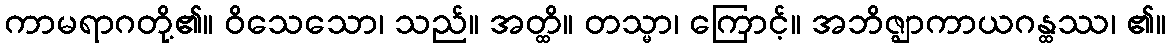
ကာမရာဂတို့၏။ ဝိသေသော၊ သည်။ အတ္ထိ။ တသ္မာ၊ ကြောင့်။ အဘိဇ္ဈာကာယဂန္ထဿ၊ ၏။